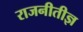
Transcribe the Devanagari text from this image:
राजनीतीज्ञ